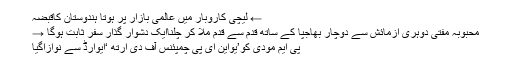
← لیچی کاروبار میں عالمی بازار پر ہوتا ہندوستان کاقبضہ
محبوبہ مفتی دوہری آزمائش سے دوچار بھاجپا کے ساتھ قدم سے قدم ملا کر چلناایک دشوار گذار سفر ثابت ہوگا →
پی ایم مودی کو’یواین ای پی چمپئنس آف دی ارتھ ‘ایوارڈ سے نوازاگیا